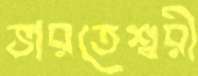
ভারতেশ্বরী